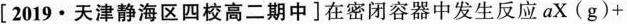
[2019·天津静海区四校高二期中]在密闭容器中发生反应$$a X ( g ) +